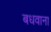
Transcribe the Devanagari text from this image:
बधवाना